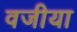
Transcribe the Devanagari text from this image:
वजीया